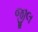
જીલ